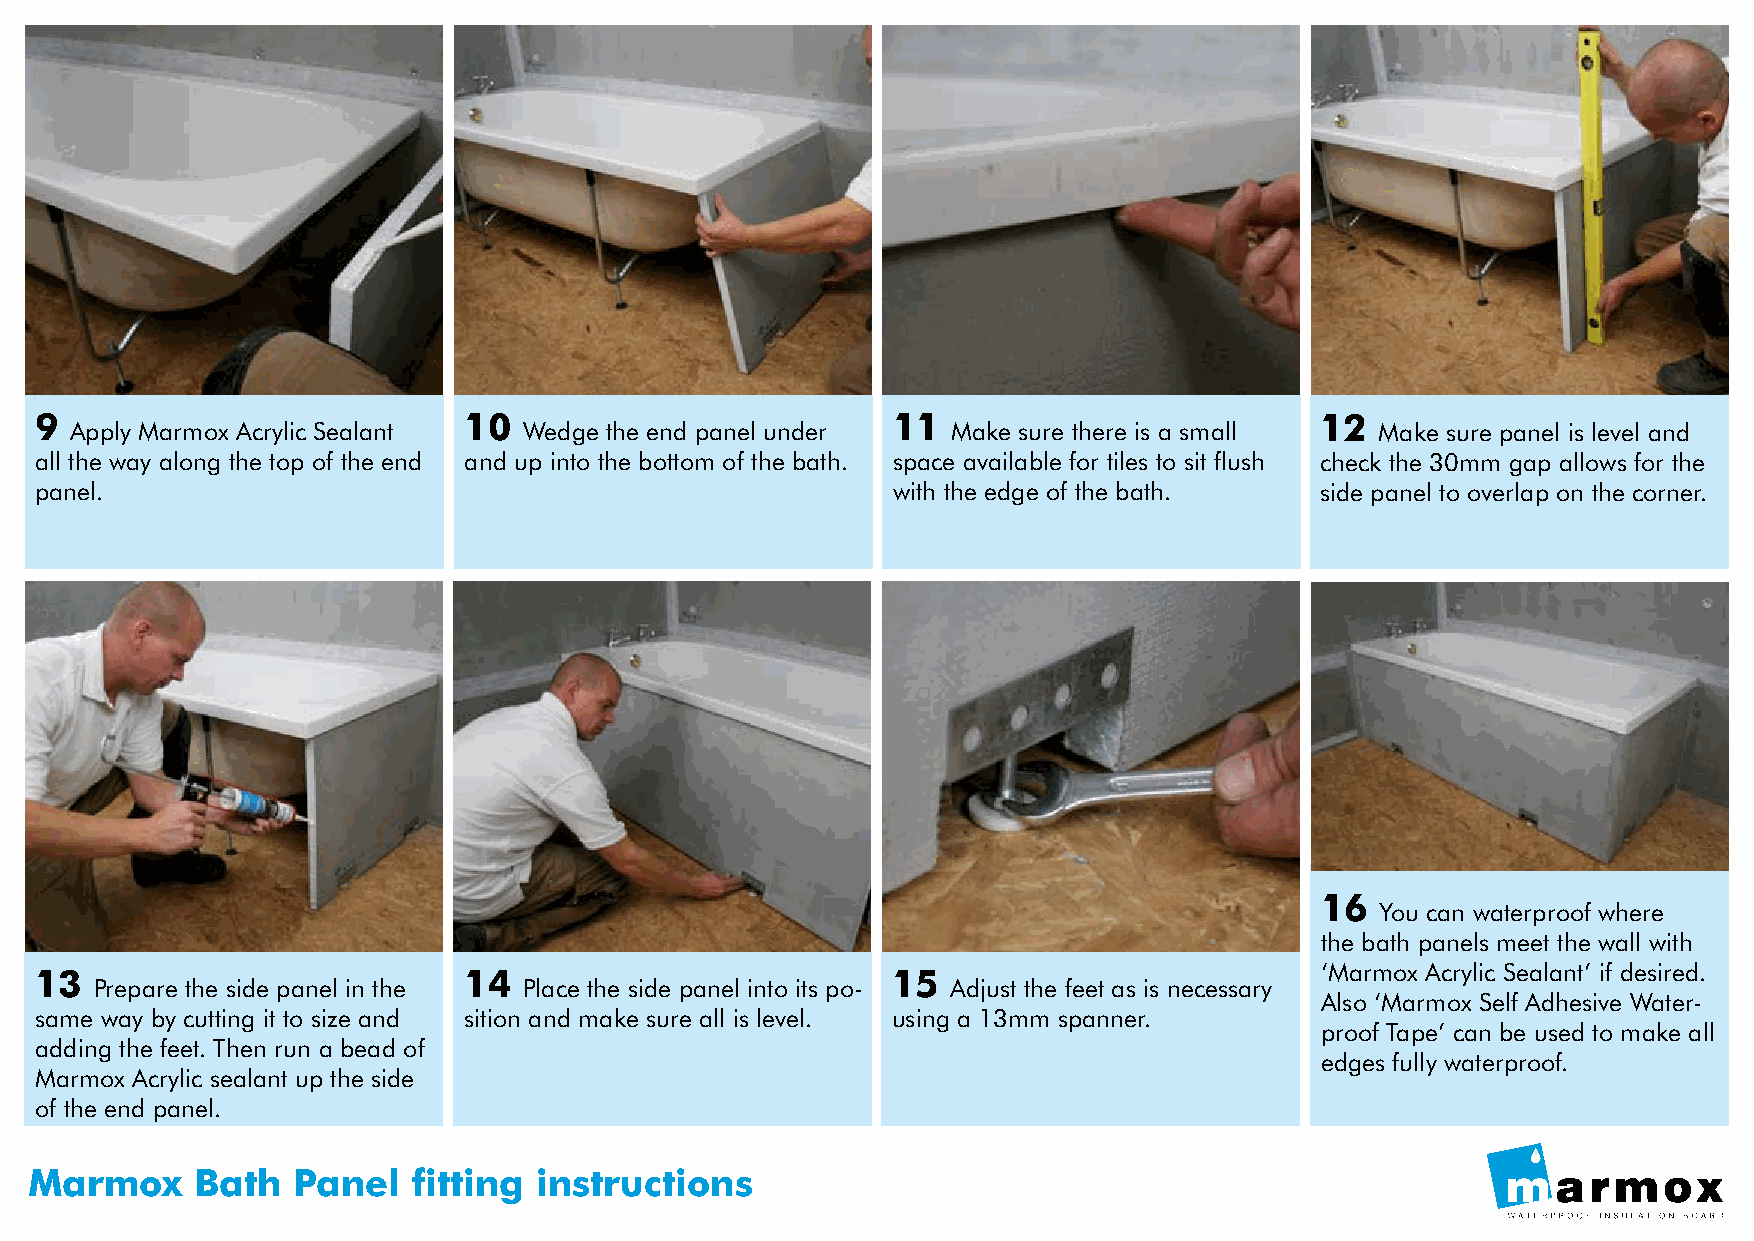
99                           10                          11                          12
 FAipx ptoly mMaairnm dorxa iAnc pryiplice Saenadl amnta ke Wedge the end panel under Make sure there is a small Make sure panel is level and
 saullr eth teh ew adyra ainlo pnigp eth sel otoppe so af wthaey efrnodm and up into the bottom of the bath. space available for tiles to sit flush check the 30mm gap allows for the
 tphaen derl.ain to allow proper drainage.                with the edge of the bath.  side panel to overlap on the corner.
 16
 You can waterproof where
 the bath panels meet the wall with
 ‘Marmox Acrylic Sealant’ if desired.
 13                           14                          15
 Prepare the side panel in the Place the side panel into its po- Adjust the feet as is necessary
 Also ‘Marmox Self Adhesive Water-
 same way by cutting it to size and sition and make sure all is level. using a 13mm spanner.
 proof Tape’ can be used to make all
 adding the feet. Then run a bead of
 edges fully waterproof.
 Marmox Acrylic sealant up the side
 of the end panel.
 Marmox     Bath  Panel   fitting  instructions